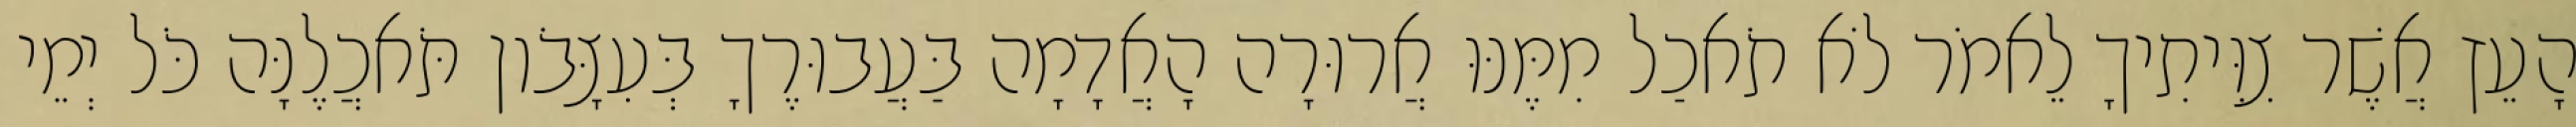
הָעֵץ אֲשֶׁר צִוִּיתִיךָ לֵאמֹר לֹא תֹאכַל מִמֶּנּוּ אֲרוּרָה הָאֲדָמָה בַּעֲבוּרֶךָ בְּעִצָּבֹון תֹּאכֲלֶנָּה כֹּל יְמֵי